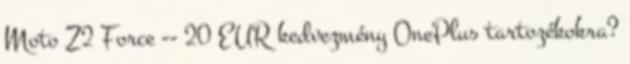
Moto Z2 Force -- 20 EUR kedvezmény OnePlus tartozékokra?